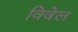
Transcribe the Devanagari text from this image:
विवेल